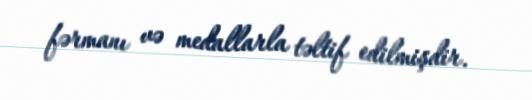
fərmanı və medallarla təltif edilmişdir.